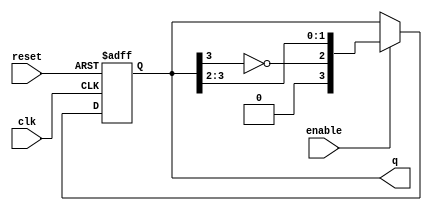
module johnson_counter (
    input wire clk,          // Clock signal
    input wire enable,       // Enable signal
    input wire reset,        // Asynchronous reset signal
    output reg [n-1:0] q     // Output state of the counter
);
    parameter n = 4; // Number of flip-flops (can be adjusted as needed)

    // Asynchronous reset and counter logic
    always @(posedge clk or posedge reset) begin
        if (reset) begin
            q <= 0; // Reset the counter to 0
        end else if (enable) begin
            // Johnson counter logic
            q <= {~q[n-1], q[n-1:n-2]}; // Shift and invert the last bit
        end
        // If enable is low, retain the current state
    end
endmodule